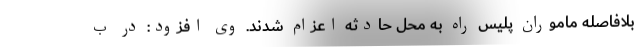
بلافاصله ماموران پلیس راه به محل حادثه اعزام شدند. وی افزود: در ب